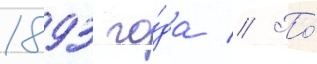
1893 го́да // По́